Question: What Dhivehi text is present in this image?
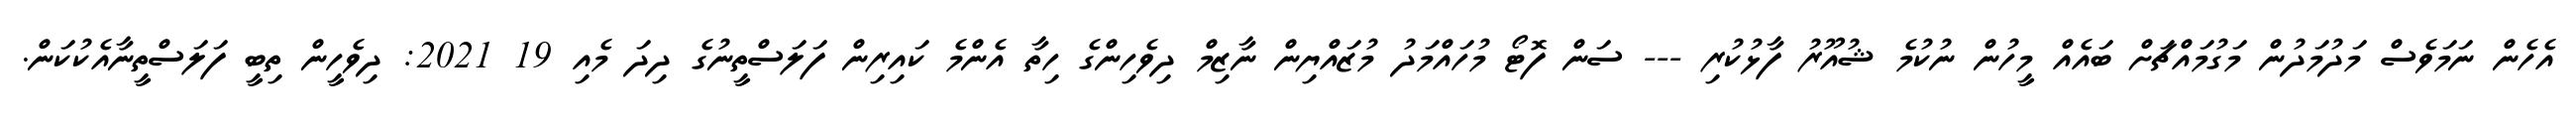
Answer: އެހެން ނަމަވެސް މަދުމަދުން މަގުމައްޗަށް ބައެއް މީހުން ނުކުމެ ޝުއޫރު ފާޅުކުރި --- ސަން ފޮޓޯ މުހައްމަދު މުޒައްޔިން ނާޒިމް ދިވެހިންގެ ހިތާ އެންމެ ކައިރިން ފަލަސްތީނުގެ ދިދަ މެއި 19 2021: ދިވެހީން ތިބީ ފަލަސްތީނާއެކުކަން.